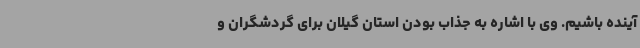
آینده باشیم. وی با اشاره به جذاب بودن استان گیلان برای گردشگران و